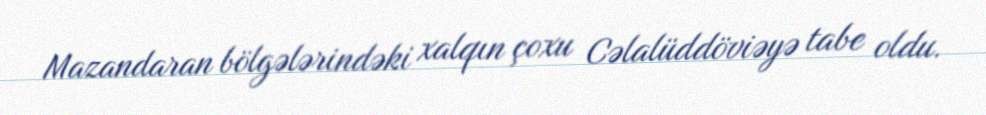
Mazandaran bölgələrindəki xalqın çoxu Cəlalüddöviəyə tabe oldu.